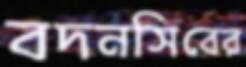
বদনসিবের